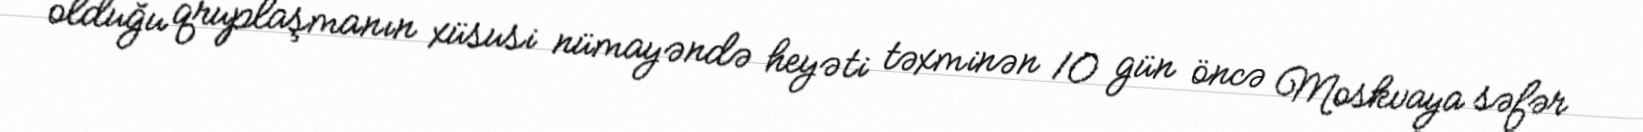
olduğu qruplaşmanın xüsusi nümayəndə heyəti təxminən 10 gün öncə Moskvaya səfər